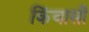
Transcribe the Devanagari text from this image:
किंवासी